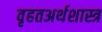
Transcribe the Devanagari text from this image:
वृहतअर्थशास्त्र